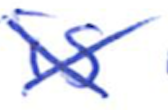
Text: is
Cross-out: mix
Writing tool: ballpoint